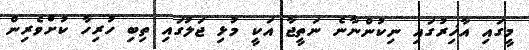
މީގައި އާޚިރުގައި ނިކުންނާނެ ނަތީޖާ އަކީ މުޅި ޖަލުގައި ތިބި ހުރިހާ ކުށްވެރިން